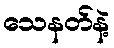
သေနတ်နဲ့